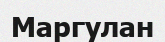
Маргулан